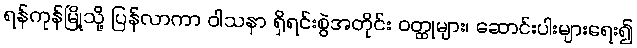
ရန်ကုန်မြို့သို့ ပြန်လာကာ ဝါသနာ ရှိရင်းစွဲအတိုင်း ဝတ္ထုများ၊ ဆောင်းပါးများရေး၍